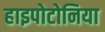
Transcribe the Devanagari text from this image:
हाइपोटोनिया